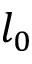
l _ { 0 }